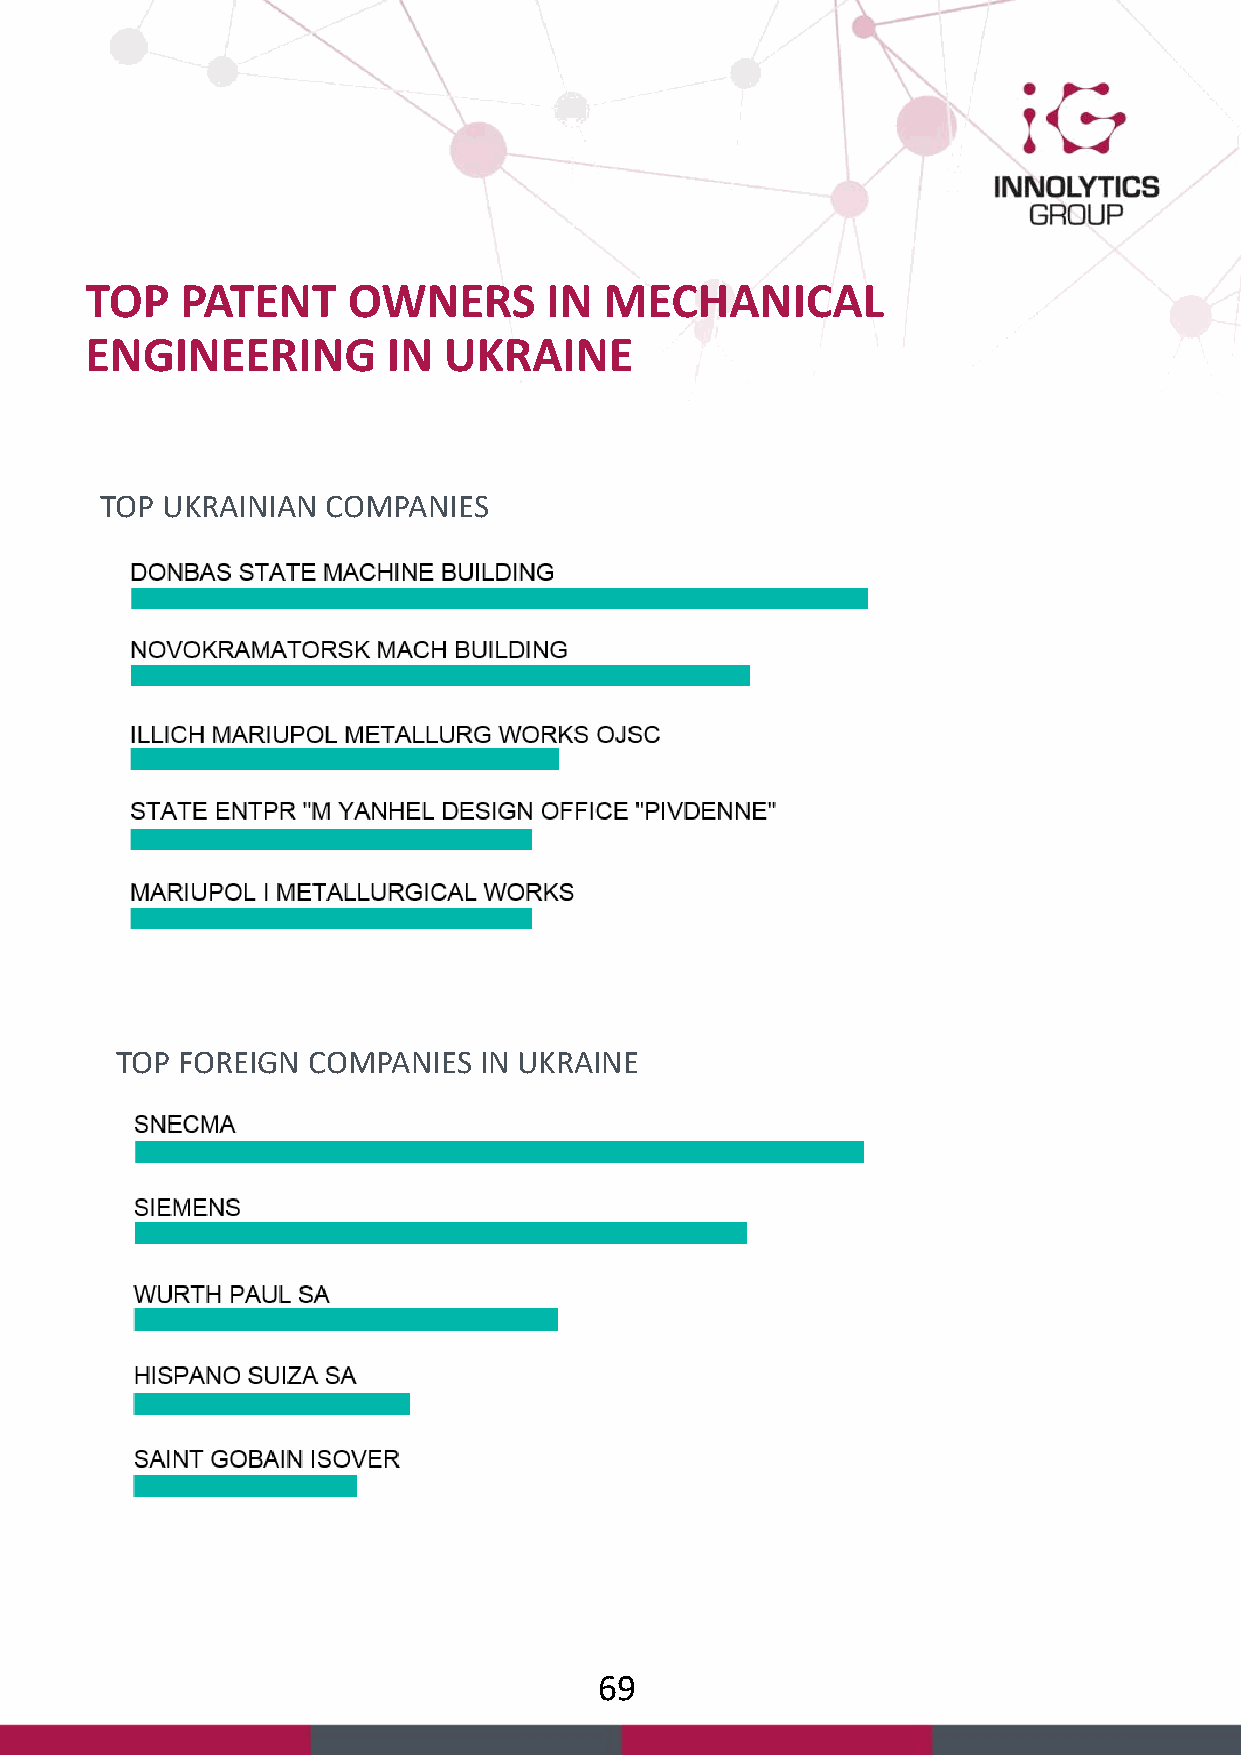
TOP   PATENT     OWNERS       IN  MECHANICAL
 ENGINEERING         IN UKRAINE
 TOP UKRAINIAN  COMPANIES
 TOP FOREIGN COMPANIES   IN UKRAINE
 69